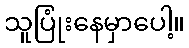
သူပြုံးနေမှာပေါ့။